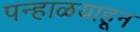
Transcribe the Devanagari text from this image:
पन्हाळयाहून